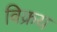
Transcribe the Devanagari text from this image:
विक्रय